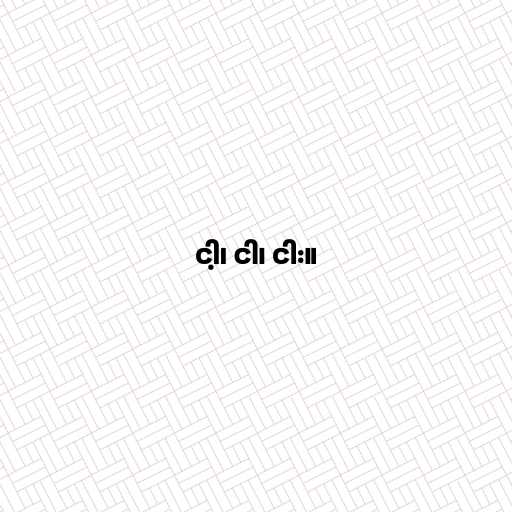
ငါ့၊ ငါ၊ ငါး။